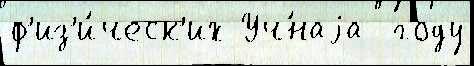
ф'из'и́ческ'их Уч́наjа  году